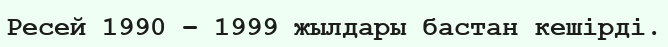
Ресей 1990 – 1999 жылдары бастан кешірді.